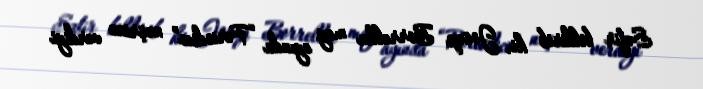
Səfir bildirib ki, Josep Borrellin may ayında “Periodico” nəşrinə verdiyi